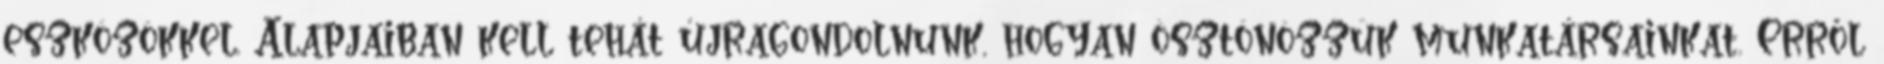
eszközökkel. Alapjaiban kell tehát újragondolnunk, hogyan ösztönözzük munkatársainkat. Erről